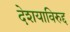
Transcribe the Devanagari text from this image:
देशयाविरुद्द